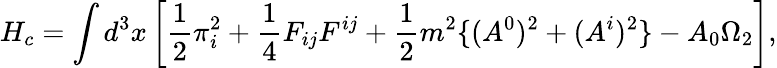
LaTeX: H_{c}=\int d^{3}x\left[\frac{1}{2}\pi_{i}^{2}+\frac{1}{4}F_{ij}F^{ij}+\frac{1}{2}m^{2}\{ (A^{0})^{2}+(A^{i})^{2}\} -A_{0}\Omega_{2}\right],